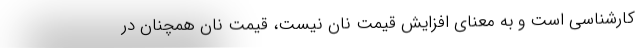
کارشناسی است و به معنای افزایش قیمت نان نیست، قیمت نان همچنان در